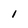
Character: 1